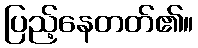
ပြည့်နေတတ်၏။